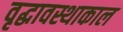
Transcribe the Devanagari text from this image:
वृद्धावस्थाकाल